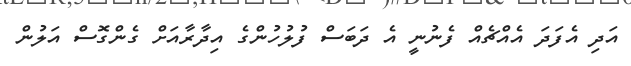
އަދި އެފަދަ އެއްޗެއް ފެނުނީ އެ ދަބަސް ފުލުހުންގެ އިދާރާއަށް ގެންގޮސް އަލުން